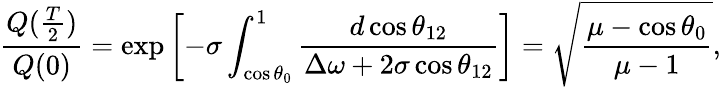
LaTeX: \frac{Q(\frac{T}{2})}{Q(0)}=\exp\left[-\sigma\int_{\cos\theta_{0}}^{1}\frac{d\cos\theta_{12}}{\Delta\omega+2\sigma\cos\theta_{12}}\right]=\sqrt{\frac{\mu-\cos\theta_{0}}{\mu-1}},